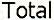
TOTAL